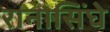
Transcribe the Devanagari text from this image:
रानासिंघे